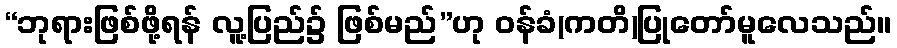
“ဘုရားဖြစ်ဖို့ရန် လူ့ပြည်၌ ဖြစ်မည်”ဟု ဝန်ခံ(ကတိ)ပြုတော်မူလေသည်။